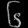
Digit: ၆